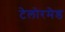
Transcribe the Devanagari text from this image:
टेलोरमेड